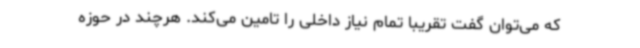
که می‌توان گفت تقریبا تمام نیاز داخلی را تامین می‌کند. هرچند در حوزه